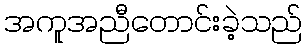
အကူအညီတောင်းခဲ့သည်